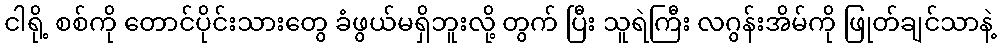
ငါရို့ စစ်ကို တောင်ပိုင်းသားတွေ ခံဖွယ်မရှိဘူးလို့ တွက် ပြီး သူရဲကြီး လဂွန်းအိမ်ကို ဖြုတ်ချင်သာနဲ့